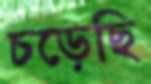
চড়েছি